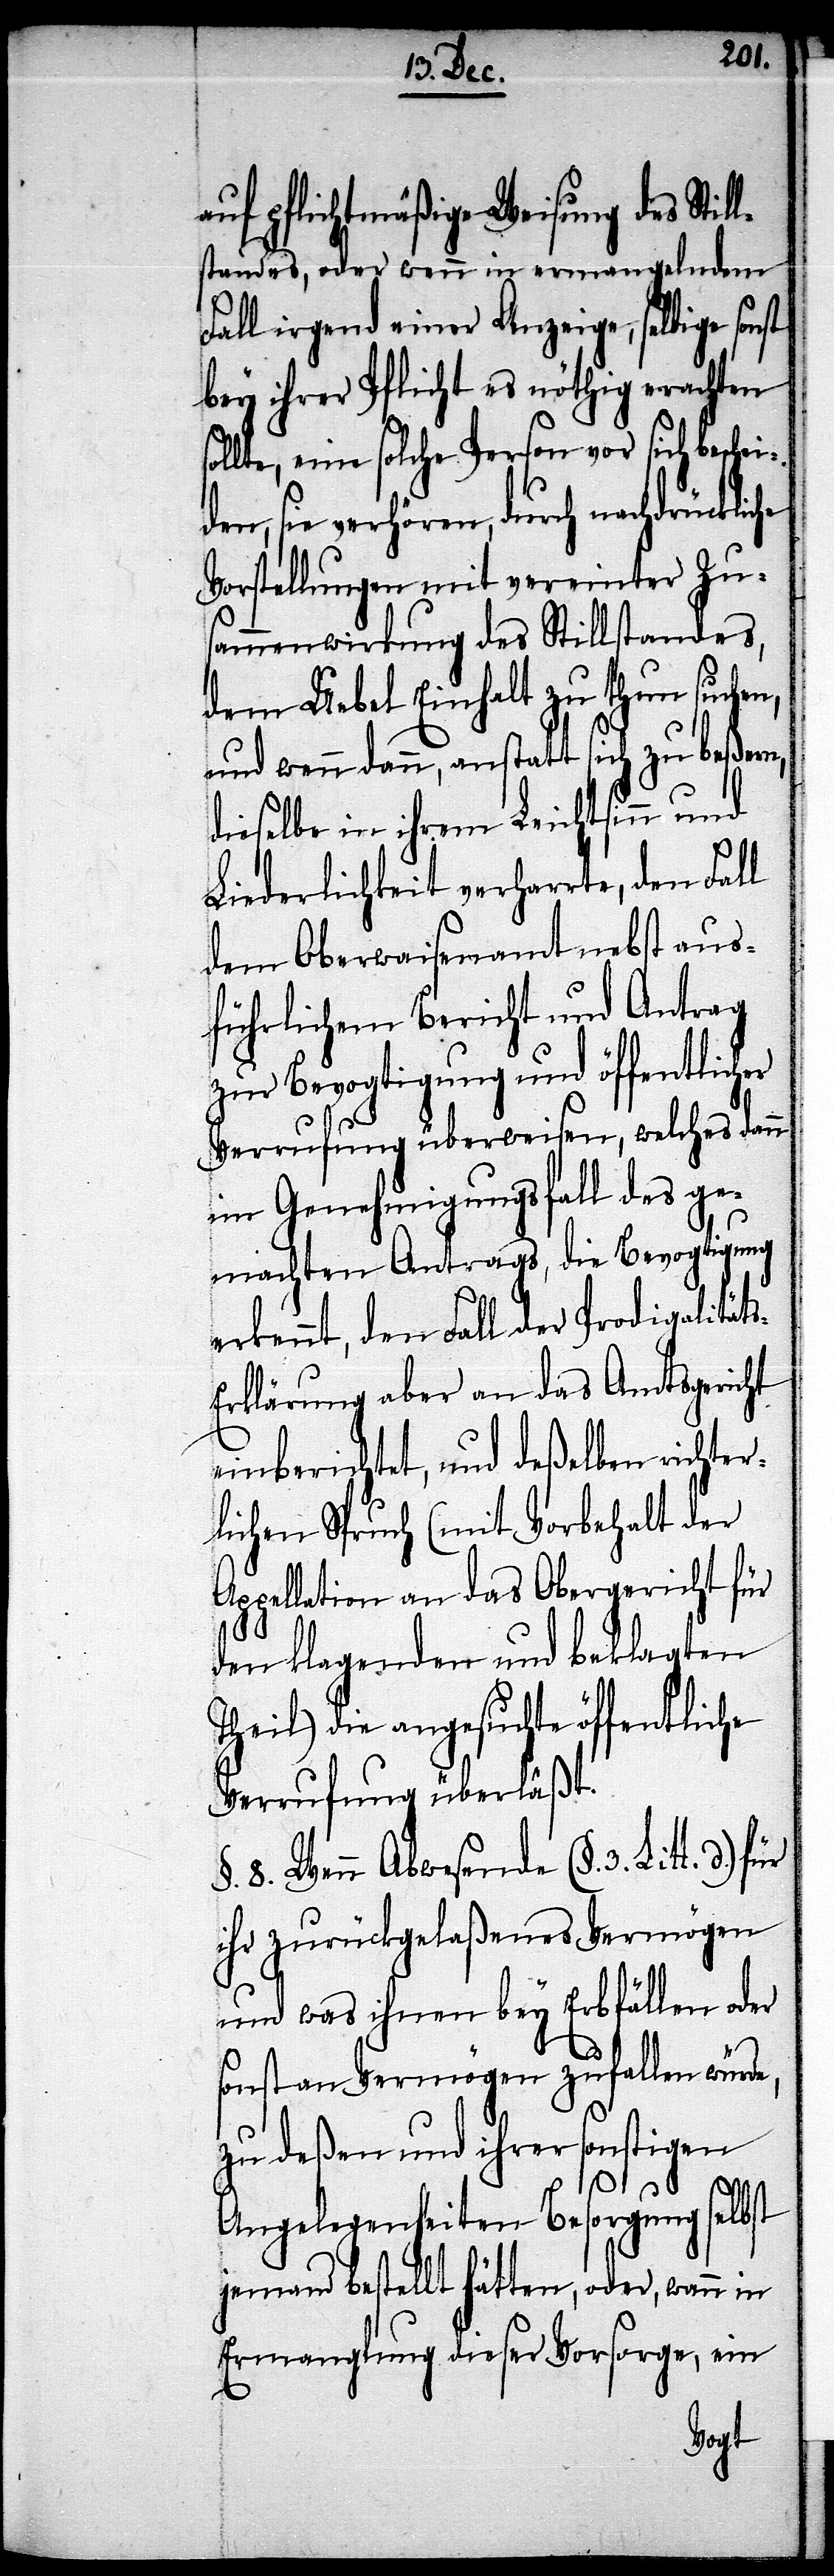
s-E¬
auf pflichtmäßige Weisung des Stil¬
lstandes , oder wenn in ermangelndem
Fall irgend einer Anzeige, selbige sonst
bey ihrer Pflicht es nöthig erachten
lte, eine solche Person vor sich besche¬
Vorstellungen mit vereinter Zu¬
sammenwirkung des Stillstandes,
dem Uebel Einhalt zu thun suchen,
und wenn dann anstatt sich zu beßern
dieselbe in ihrem Leichtsinn und
Liederlichkeit verharrte, den Fall
dem Oberwaisenamt nebst aus¬
führlichem Bericht und Antrag
Bevogtigung und öffentl¬
Verrufung überweisen, welches dann
im Genehmigungsfall des ge¬
machten Antrags, die Bevogtigung
erkennt, den Fall der Prodigalität¬
rklärung aber an das Amtsgericht
einberichtet, und deßelben richter¬
lichen Spruch (mit Vorbehalt der
Appellation an das Obergericht für
den klagenden und beklagten
Theil) die angesuchte öffentliche
Verrufung überläßt.
§. 8. Wenn Abwesende (§. 3. Litt d.)
ihr zurückgelaßenes Vermögen
und was ihnen bey Erbfällen oder
sonst an Vermögen zufallen würde,
zu deßen und ihrer sonstigen
Angelegenheiten Besorgung selbst
jemand bestellt hätten, oder, wann in
Ermanglung dieser Vorsorge, ein
icher